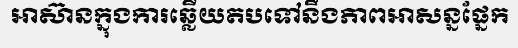
អាស៊ានក្នុងការឆ្លើយតបទៅនឹងភាពអាសន្នផ្នែក